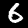
Label: 6